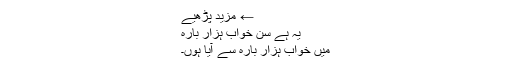
← مزید پڑھیے
یہ ہے سن خواب ہزار بارہ
میں خواب ہزار بارہ سے آیا ہوں۔